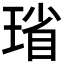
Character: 𪻻